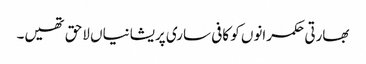
بھارتی حکمرانوں کو کافی ساری پریشانیاں لاحق تھیں۔